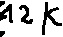
Text: 12K